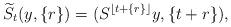
LaTeX: \begin{align*} \widetilde{S}_t(y,\{r\})=(S^{\lfloor t+\{r\}\rfloor}y,\{t+r\}), \end{align*}